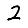
Digit: 2